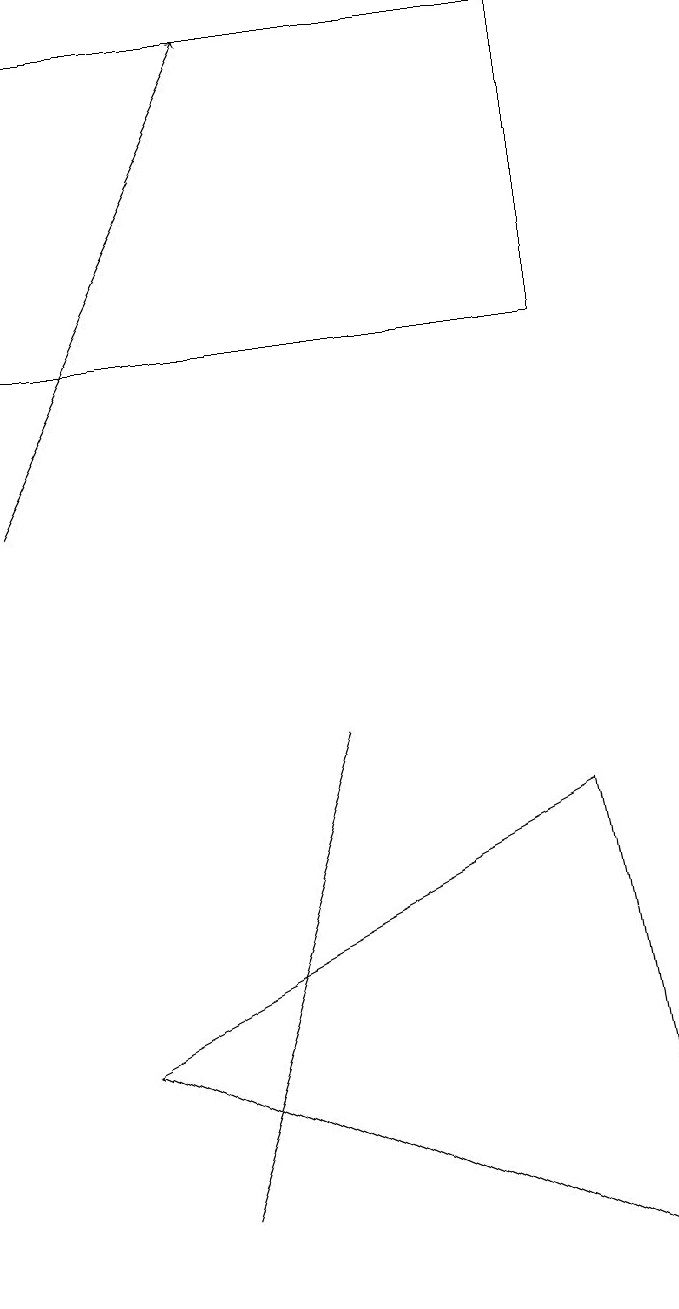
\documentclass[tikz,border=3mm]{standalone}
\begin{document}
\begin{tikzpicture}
\draw (0,12) rectangle (7,16);
\draw (2,1) -- (4,7) -- (2,1) -- cycle;
\draw (7,6) -- (8,0) -- (1,3) -- cycle;
\draw[->] (0,10) -- (3,16);
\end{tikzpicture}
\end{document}